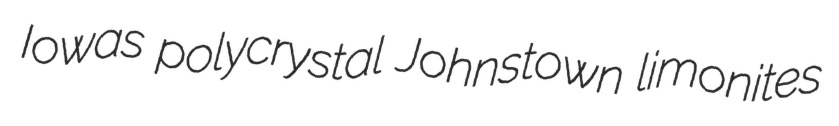
Iowas polycrystal Johnstown limonites